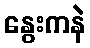
နွေးကနဲ